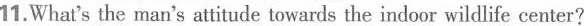
11.What's the man's attitude towards the indoor wildlife center?